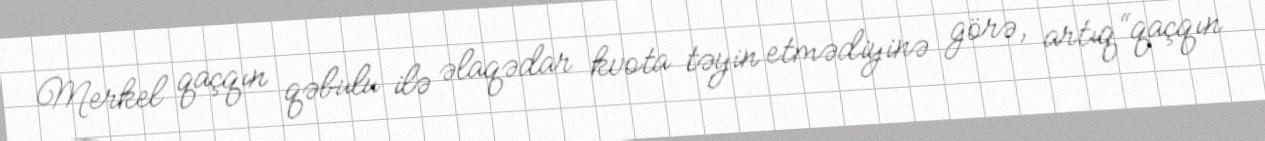
Merkel qaçqın qəbulu ilə əlaqədar kvota təyin etmədiyinə görə, artıq “qaçqın